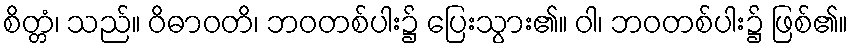
စိတ္တံ၊ သည်။ ဝိဓာဝတိ၊ ဘဝတစ်ပါး၌ ပြေးသွား၏။ ဝါ၊ ဘဝတစ်ပါး၌ ဖြစ်၏။